Indian journal of veterinary science and animal husbandry - Volumes 28-29, 1958-1959
Year: 1958
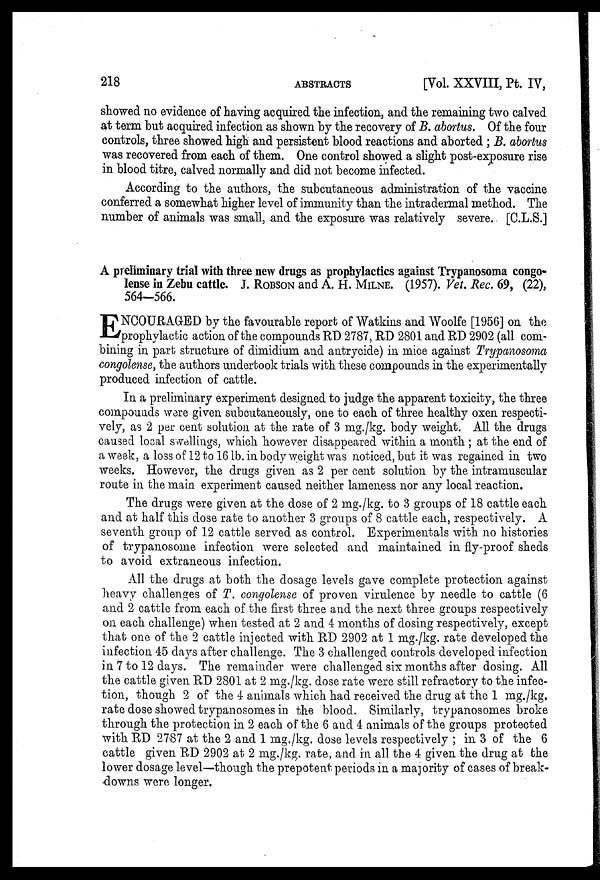
218
ABSTRACTS
[Vol. XXVIII, Pt. IV,
showed no evidence of having acquired the infection, and the remaining two calved
at term but acquired infection as shown by the recovery of B. abortus. Of the four
controls, three showed high and persistent blood reactions and aborted ; B. abortus
was recovered from each of them. One control showed a slight post-exposure rise
in blood titre, calved normally and did not become infected.
According to the authors, the subcutaneous administration of the vaccine
conferred a somewhat higher level of immunity than the intradermal method. The
number of animals was small, and the exposure was relatively severe. [C.L.S.]
A preliminary trial with three new drugs as prophylactics against Trypanosoma congo-
lense in Zebu cattle. J.ROBSON and A. H. MILNE. (1957). Vet. Rec. 69, (22),
564-566.
E NCOURAGED by the favourable report of Watkins and Woolfe [1956] on the
prophylactic action of the compounds RD 2787, RD 2801 and RD 2902 (all com-
bining in part structure of dimidium and antrycide) in mice against Trypanosoma
congolense, the authors undertook trials with these compounds in the experimentally
produced infection of cattle.
In a preliminary experiment designed to judge the apparent toxicity, the three
compounds were given subcutaneously, one to each of three healthy oxen respecti-
vely, as 2 per cent solution at the rate of 3 mg./kg. body weight. All the drugs
caused local swellings, which however disappeared within a month ; at the end of
a week, a loss of 12 to 16 lb. in body weight was noticed, but it was regained in two
weeks. However, the drugs given as 2 per cent solution by the intramuscular
route in the main experiment caused neither lameness nor any local reaction.
The drugs were given at the dose of 2 mg./kg. to 3 groups of 18 cattle each
and at half this dose rate to another 3 groups of 8 cattle each, respectively. A
seventh group of 12 cattle served as control. Experimentals with no histories
of trypanosome infection were selected and maintained in fly-proof sheds
to avoid extraneous infection.
All the drugs at both the dosage levels gave complete protection against
heavy challenges of T. congolense of proven virulence by needle to cattle (6
and 2 cattle from each of the first three and the next three groups respectively
on each challenge) when tested at 2 and 4 months of dosing respectively, except
that one of the 2 cattle injected with RD 2902 at 1 mg./kg. rate developed the
infection 45 days after challenge. The 3 challenged controls developed infection
in 7 to 12 days. The remainder were challenged six months after dosing. All
the cattle given RD 2801 at 2 mg./kg. dose rate were still refractory to the infec-
tion, though 2 of the 4 animals which had received the drug at the 1 mg./kg.
rate dose showed trypanosomes in the blood. Similarly, trypanosomes broke
through the protection in 2 each of the 6 and 4 animals of the groups protected
with RD 2787 at the 2 and 1 mg./kg. dose levels respectively ; in 3 of the 6
cattle given RD 2902 at 2 mg./kg. rate and in all the 4 given the drug at the
lower dosage level—though the prepotent periods in a majority of cases of break-
downs were longer.